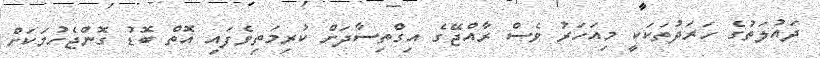
ދައުލަތުގެ ހަރަދުތަކަކީ މިއަހަރު ވެސް ރާއްޖޭގެ އިގްތިސާދަށް ކުރިމަތިވެފައި އޮތް ބޮޑު ގޮންޖެހުމަކަށް